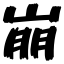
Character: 崩